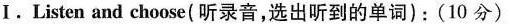
I.Listen and choose(听录音,选出听到的单词):(10 分)